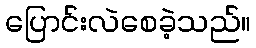
ပြောင်းလဲစေခဲ့သည်။